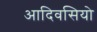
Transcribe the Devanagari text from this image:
आदिवसियो